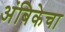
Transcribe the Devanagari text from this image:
अंबिकेचा